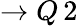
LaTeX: \to Q\, 2